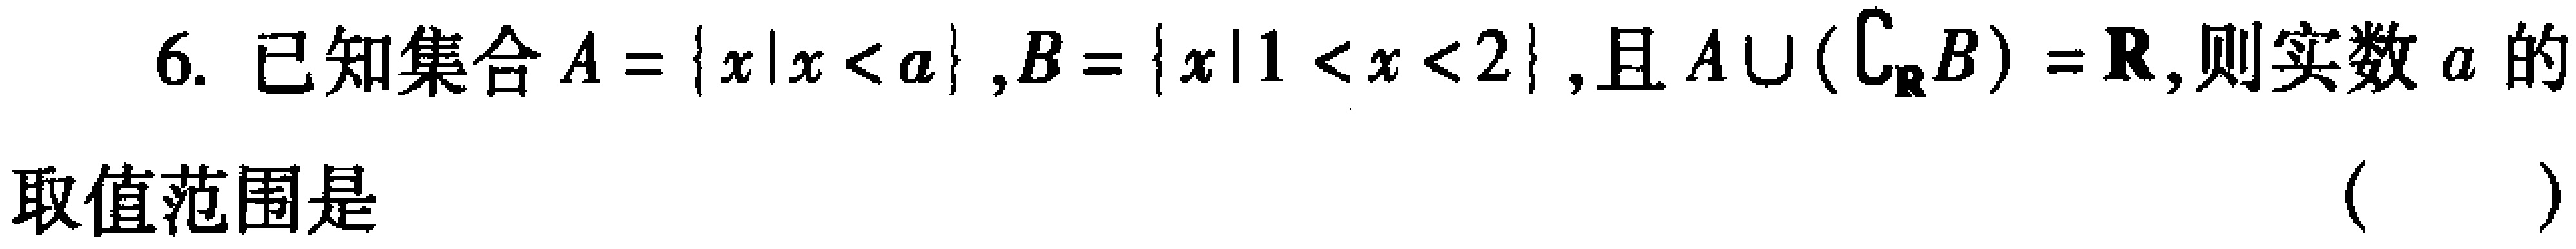
6. 已知集合\(A = \{x|x < a\}\), \(B = \{x|1 < x < 2\}\), 且\(A\cup (\complement_{\mathbf{R}}B)=\mathbf{R}\), 则实数\(a\)的
取值范围是 （  ）